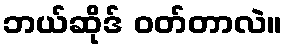
ဘယ်ဆိုဒ် ဝတ်တာလဲ။